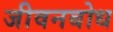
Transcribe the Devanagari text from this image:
जीवनबोध